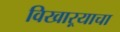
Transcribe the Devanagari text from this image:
विखाऱ्याचा